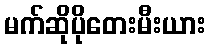
မက်ဆိုပိုတေးမီးယား